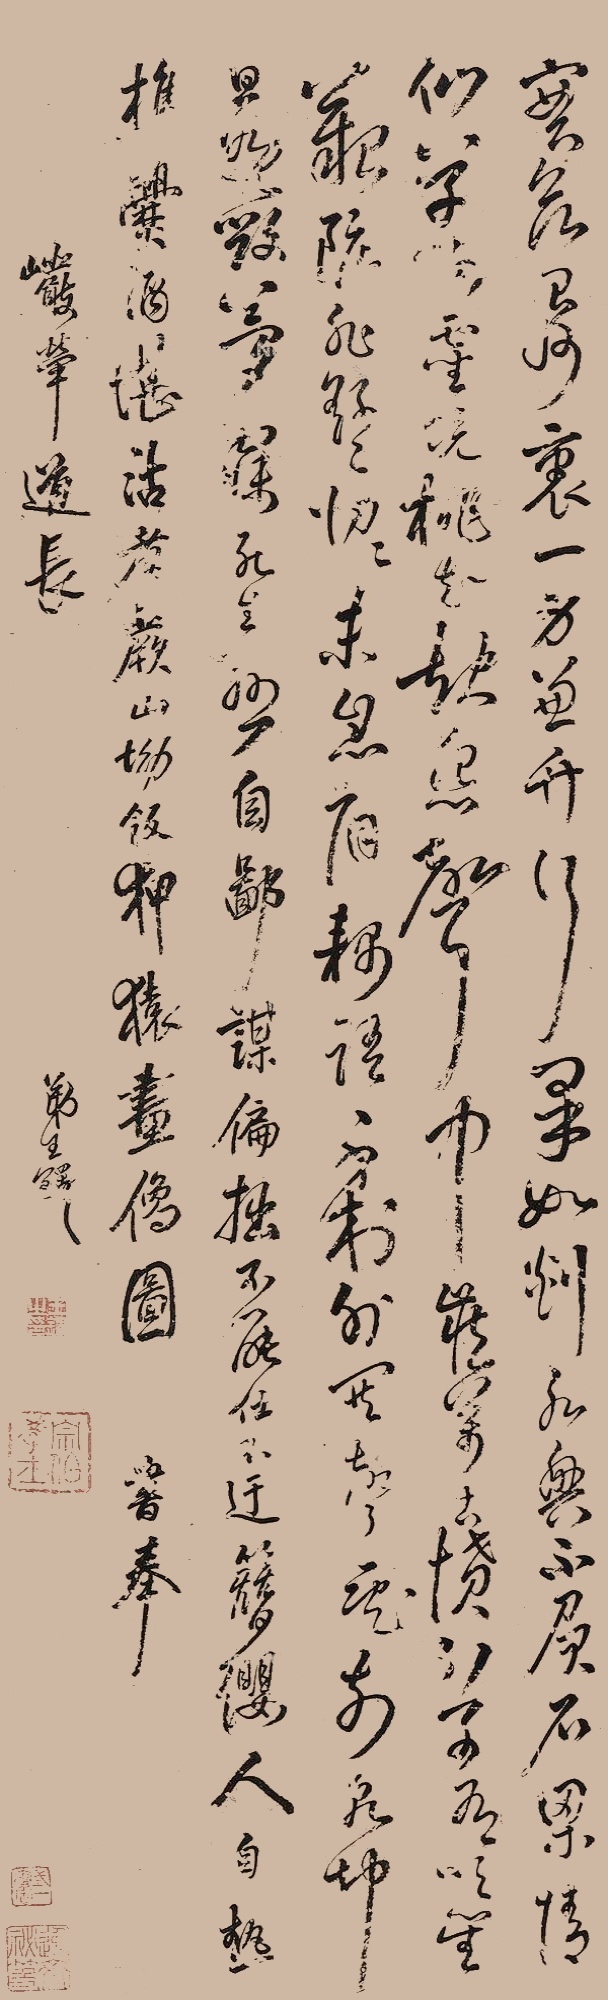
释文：实欲台州里，一身兼竹行。果如剡水兴，不负石梁情。仙草留灵境，桃花起怨声。中藏万古愤，列子有吹笙。艰厄非繇繇，忉忉未息肩。耦语千村外，口声一口前。乾坤旦晚毁，梦寐死生悬。自鄙谋偏拙，不能仕不迂。簪缨人自热，樵爨酒堪沽。煮蕨山坳饭，狎猿画像图。书奉岩荦道长。弟王铎。